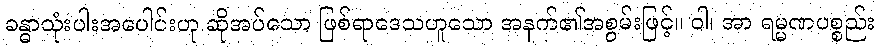
ခန္ဓာသုံးပါးအပေါင်းဟု ဆိုအပ်သော ဖြစ်ရာဒေသဟူသော အနက်၏အစွမ်းဖြင့်။ ဝါ၊ အာ ရမ္မဏပစ္စည်း